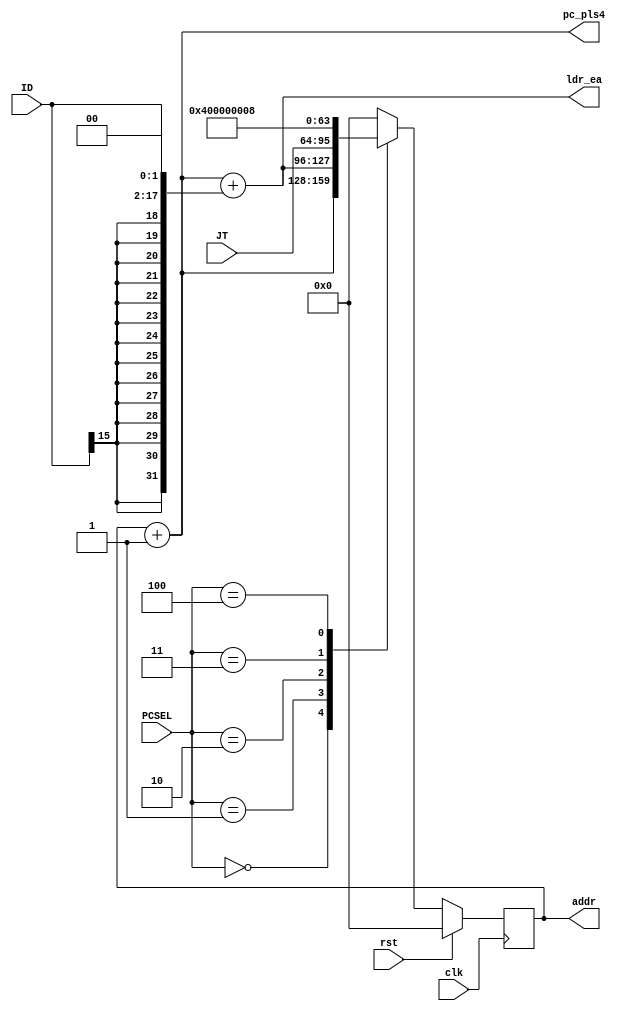
module Program_Counter(output [31:0]addr,pc_pls4,ldr_ea,
                       input  [31:0]JT,
                       input  [15:0]ID,
                       input  [2:0]PCSEL,
                       input clk,rst);
                       
reg [31:0]pc = 32'd0;
wire [31:0]ext_addr,pc_4,ldr_ea;

assign addr = pc;
assign ext_addr = {{16{ID[15]}},ID};
assign pc_4 = pc + 32'd1;
assign pc_pls4 = pc_4;
assign ldr_ea = pc_4 + (ext_addr<<2);
always@(posedge clk)
begin
    if(rst)
        pc <= 32'd0;
    else
    begin
        case(PCSEL)
            3'h0 : pc <= pc_4;
            3'h1 : pc <= ldr_ea;
            3'h2 : pc <= JT;
            3'h3 : pc <= 32'd4;
            3'h4 : pc <= 32'd8;
            default : pc <= 32'd0;
        endcase 
    end
end
endmodule